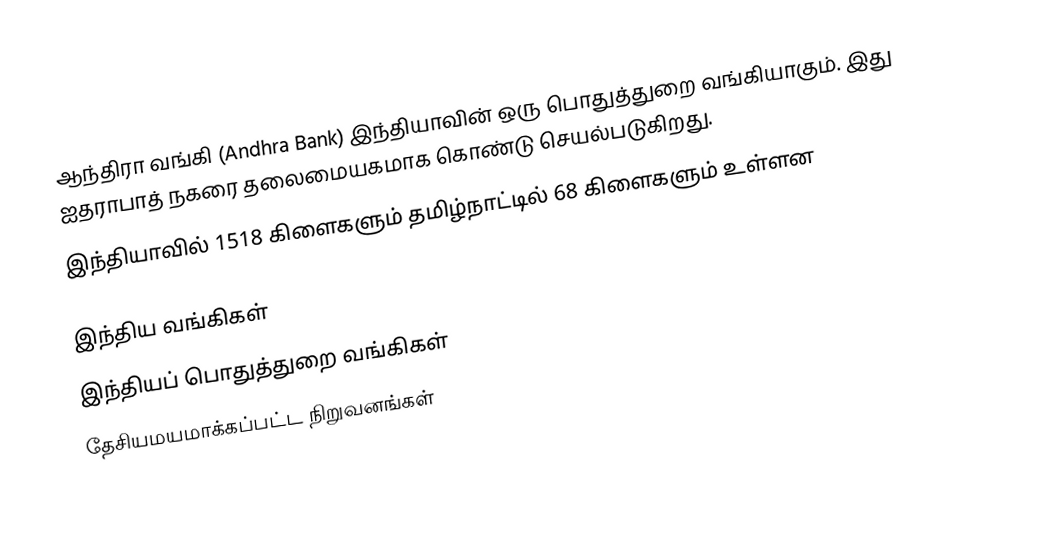
ஆந்திரா வங்கி (Andhra Bank) இந்தியாவின்  ஒரு  பொதுத்துறை வங்கியாகும். இது ஐதராபாத் நகரை தலைமையகமாக கொண்டு செயல்படுகிறது.
இந்தியாவில் 1518 கிளைகளும் தமிழ்நாட்டில் 68 கிளைகளும் உள்ளன

இந்திய வங்கிகள்
இந்தியப் பொதுத்துறை வங்கிகள்
தேசியமயமாக்கப்பட்ட நிறுவனங்கள்